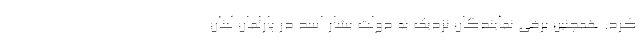
کرد. همچنین برخی نمایندگان نزدیک به دولت بشار اسد در پارلمان لبنان